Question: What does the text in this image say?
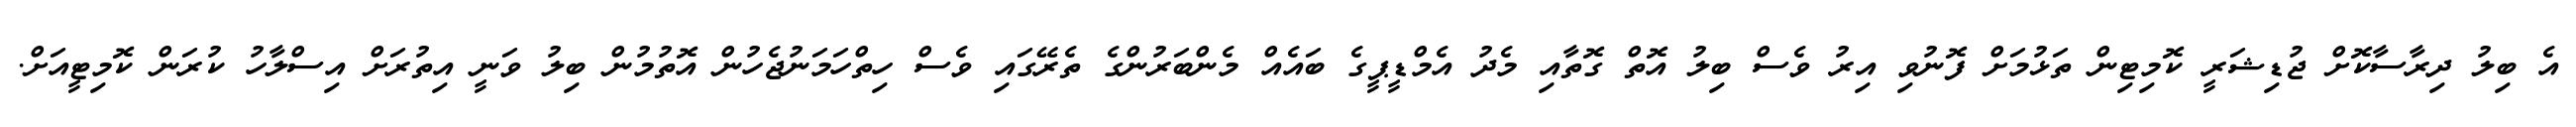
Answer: އެ ބިލު ދިރާސާކޮށް ޖުޑިޝަރީ ކޮމިޓިން ތަޅުމަށް ފޮނުވި އިރު ވެސް ބިލު އޮތް ގޮތާއި މެދު އެމްޑީޕީގެ ބައެއް މެންބަރުންގެ ތެރޭގައި ވެސް ހިތްހަމަނުޖެހުން އޮތުމުން ބިލު ވަނީ އިތުރަށް އިސްލާހު ކުރަން ކޮމިޓީއަށް.